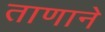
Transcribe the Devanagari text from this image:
ताणाने